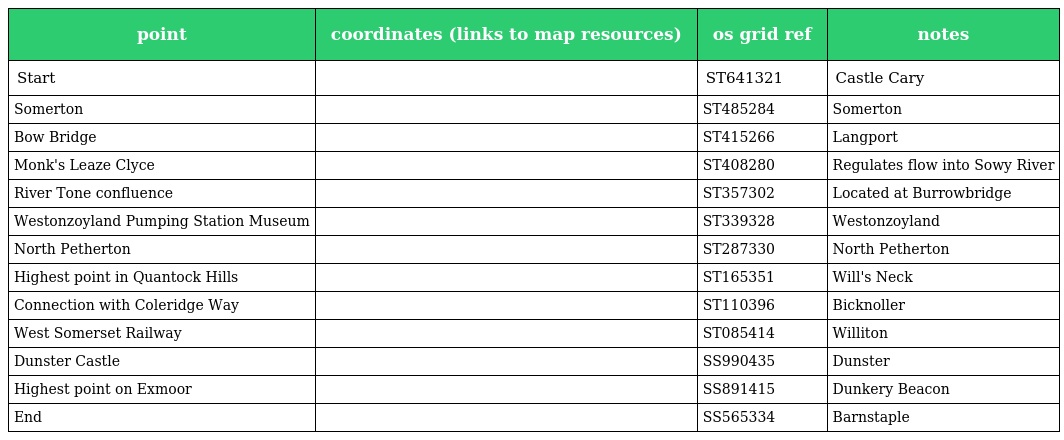
| point | coordinates (links to map resources) | os grid ref | notes |
 | --- | --- | --- | --- |
 | Start |  | ST641321 | Castle Cary |
 | Somerton |  | ST485284 | Somerton |
 | Bow Bridge |  | ST415266 | Langport |
 | Monk's Leaze Clyce |  | ST408280 | Regulates flow into Sowy River |
 | River Tone confluence |  | ST357302 | Located at Burrowbridge |
 | Westonzoyland Pumping Station Museum |  | ST339328 | Westonzoyland |
 | North Petherton |  | ST287330 | North Petherton |
 | Highest point in Quantock Hills |  | ST165351 | Will's Neck |
 | Connection with Coleridge Way |  | ST110396 | Bicknoller |
 | West Somerset Railway |  | ST085414 | Williton |
 | Dunster Castle |  | SS990435 | Dunster |
 | Highest point on Exmoor |  | SS891415 | Dunkery Beacon |
 | End |  | SS565334 | Barnstaple |